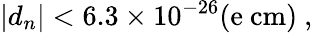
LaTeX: |d_{n}|<6.3\times 10^{-26}\mathrm{(e~cm)}\ ,